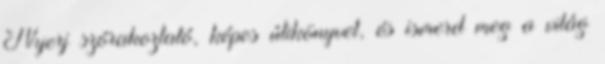
Nyerj szórakoztató, képes útikönyvet, és ismerd meg a világ